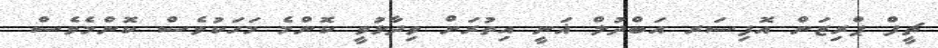
ޗީފް ޕްރިޒަން އޮފިސަރ އަބްދުލް ޣަނީ އިތުރަށް ވިދާޅުވީ ކޮންމެ މަހަކުވެސް ކޮންމެވެސް